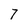
Character: 7